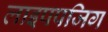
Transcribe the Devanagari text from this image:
लाइपपजिग